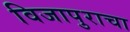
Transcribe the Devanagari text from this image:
विजापुराचा